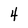
Character: 4